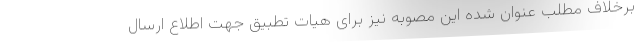
برخلاف مطلب عنوان شده این مصوبه نیز برای هیات تطبیق جهت اطلاع ارسال